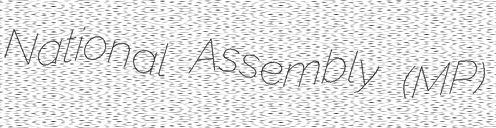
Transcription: National Assembly (MP)